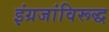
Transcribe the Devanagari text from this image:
इंग्रजांविरूद्ध